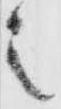
之